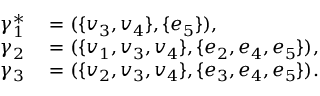
\begin{array} { r l } { \gamma _ { 1 } ^ { \ast } } & { { } = ( \{ v _ { 3 } , v _ { 4 } \} , \{ e _ { 5 } \} ) , } \\ { \gamma _ { 2 } } & { { } = ( \{ v _ { 1 } , v _ { 3 } , v _ { 4 } \} , \{ e _ { 2 } , e _ { 4 } , e _ { 5 } \} ) , } \\ { \gamma _ { 3 } } & { { } = ( \{ v _ { 2 } , v _ { 3 } , v _ { 4 } \} , \{ e _ { 3 } , e _ { 4 } , e _ { 5 } \} ) . } \end{array}